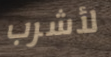
لأشرب